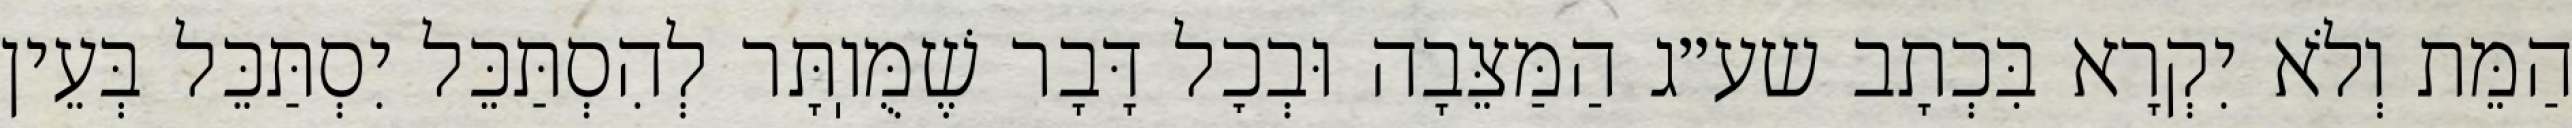
הַמֵּת וְלֹא יִקְרָא בִּכְתָב שע״ג הַמַּצֵּבָה וּבְכׇל דָּבָר שֶׁמֻּוֽתָּר לְהִסְתַּכֵּל יִסְתַּכֵּל בְּעֵין